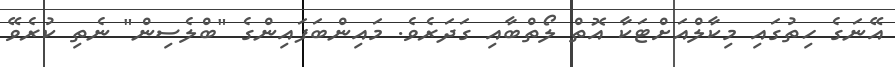
އޭނަގެ ހިތުގައި މިކާލްއަށްޓަކާ އޮތް ލޯތްބާއި ގަދަރެވެ. މައިންބަފައިންގެ "ބްލެސިން" ނެތި ކުރެވޭ